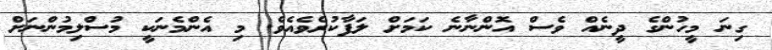
ގިނަ މީހުންގެ ދީނެއް ވެސް އޮންނާނެ ކަމަށް ލަފާކުރެވެއެވެ. މި އެންމެނަކީ މުސްލިމުންނަށް